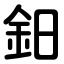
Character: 鈤